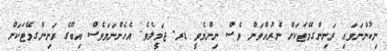
ނިކުންނަވައި ރަނިންގމޭޓަކަށް ނެރުއްވަން ވެސް ނިންމެވީ ޑރ. ޖަމީލެވެ. އެހެންނަމަވެސް އިބޫގެ ރަނިންގމޭޓަކަށް